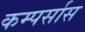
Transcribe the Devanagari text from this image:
कम्पर्सास